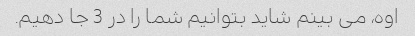
اوه، می بینم شاید بتوانیم شما را در 3 جا دهیم.